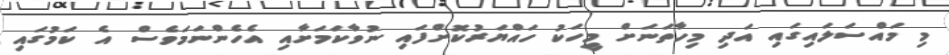
މި މައްސަލައިގައި އަދި މިހާތަނަށް މީހަކު ހައްޔަރުކޮށްފައި ނުވާކަމަށާއި އެހެންނަމަވެސް އެ ކަމުގައި